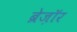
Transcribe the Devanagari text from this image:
ब्रेज़ाॅर